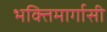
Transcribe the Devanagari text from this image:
भक्तिमार्गासी